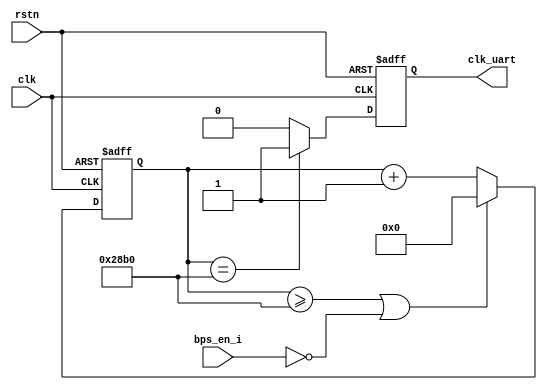

module UartClk #( 
	parameter 		BPS_PARA = 10417 
)	(
	input	wire	bps_en_i,
	input 	wire	clk,	
	input	wire	rstn,	
	output 	wire	clk_uart		
);	
 
reg	[13:0] cnt = 0;

always @ (posedge clk or negedge rstn) begin
	if(~rstn)
		cnt	<=	14'b0;
	else if((cnt >= BPS_PARA-1) || (!bps_en_i)) 
		cnt <= 14'b0;		
	else 
		cnt <= cnt + 1'b1;
end

reg			clk_uart_reg;

always @ (posedge clk or negedge rstn) begin
	if(~rstn)
		clk_uart_reg	<=	1'b0;
	else if(cnt == BPS_PARA - 1) 
		clk_uart_reg <= 1'b1;
	else 
		clk_uart_reg <= 1'b0;	
end

assign	clk_uart	=	clk_uart_reg;
 
endmodule